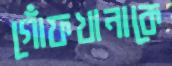
গোঁফখানাকে